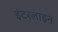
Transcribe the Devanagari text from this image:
इंटरलाइन